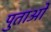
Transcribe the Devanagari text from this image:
पुताओ